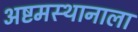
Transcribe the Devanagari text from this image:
अष्टमस्थानाला